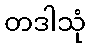
တဒါသုံ